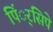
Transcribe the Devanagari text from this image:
पिं्रसिपे